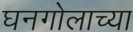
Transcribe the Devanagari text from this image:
घनगोलाच्या